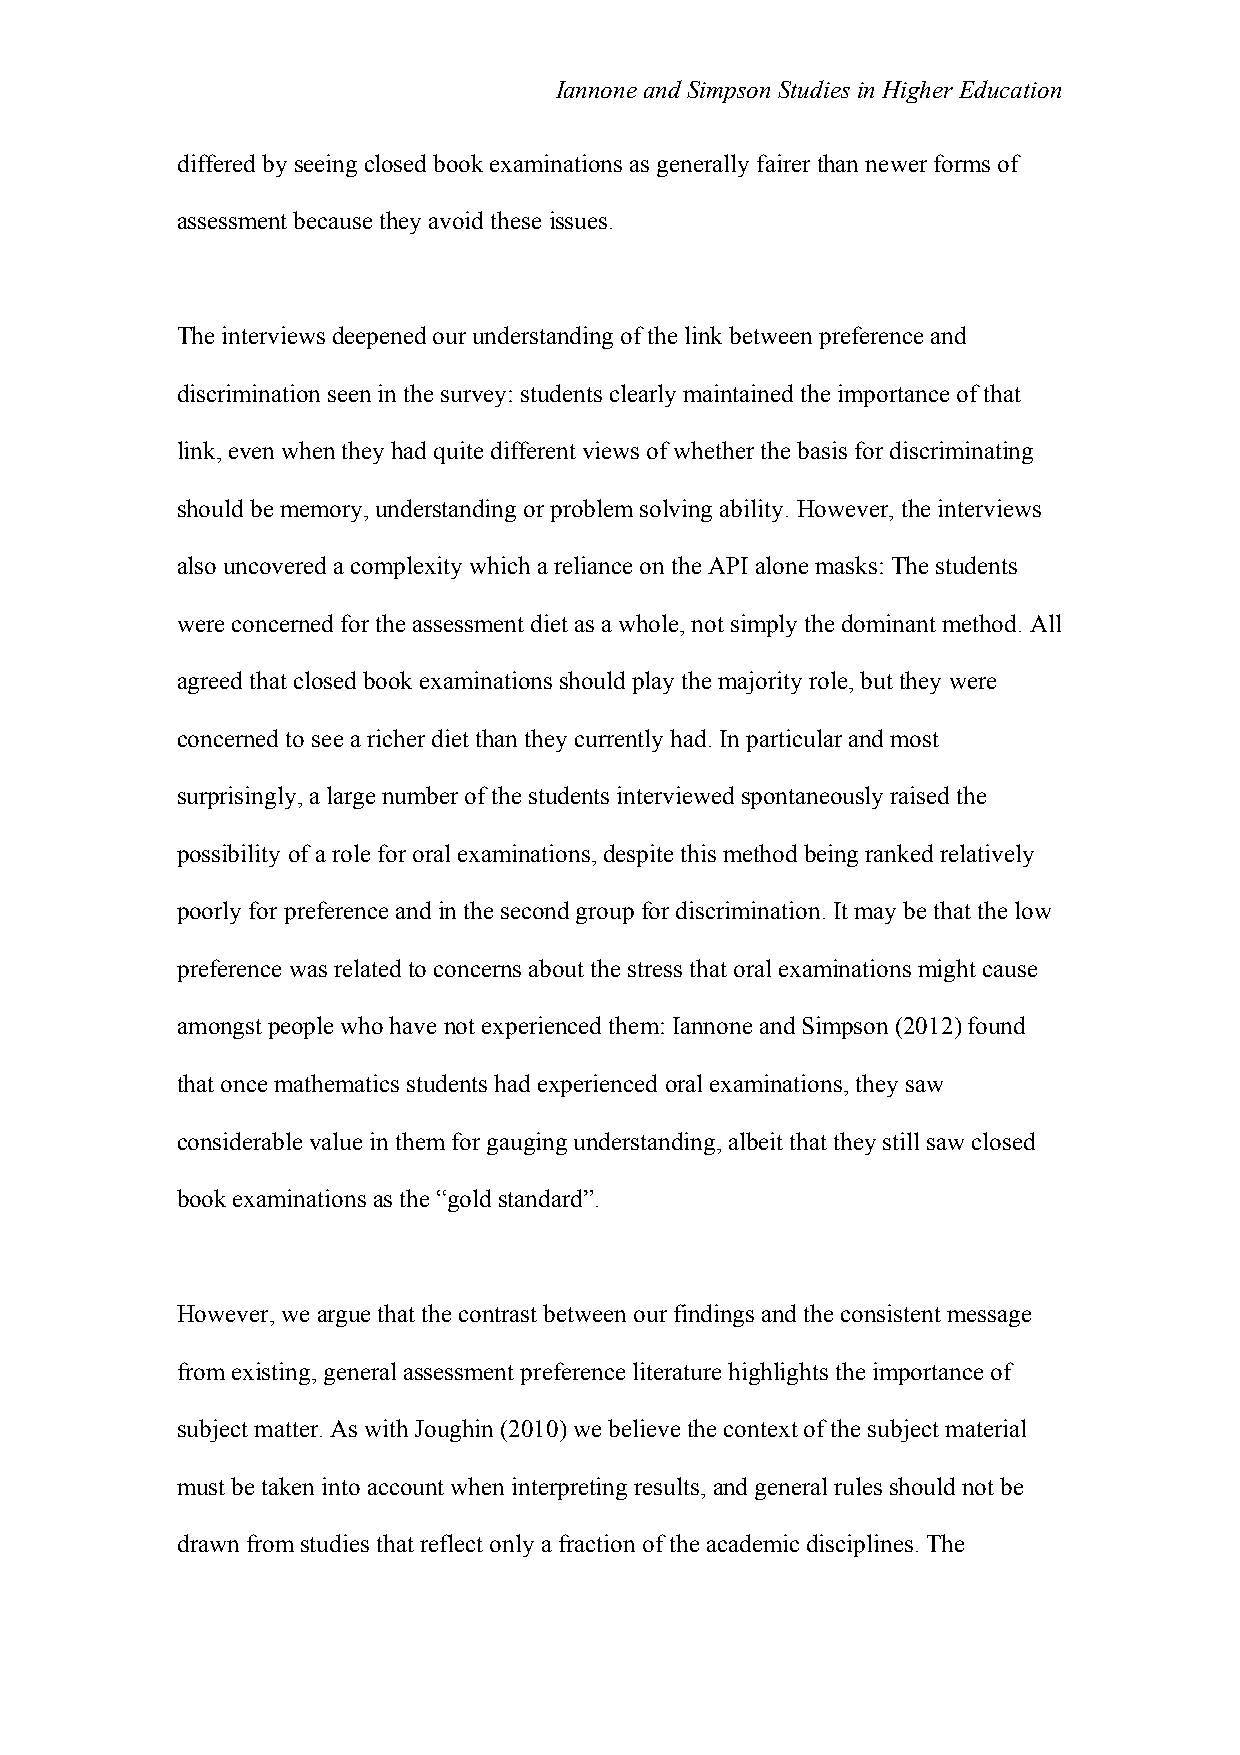
Iannone and Simpson Studies in Higher Education
 differed by seeing closed book examinations as generally fairer than newer forms of
 assessment because they avoid these issues.
 The interviews deepened our understanding of the link between preference and
 discrimination seen in the survey: students clearly maintained the importance of that
 link, even when they had quite different views of whether the basis for discriminating
 should be memory, understanding or problem solving ability. However, the interviews
 also uncovered a complexity which a reliance on the API alone masks: The students
 were concerned for the assessment diet as a whole, not simply the dominant method. All
 agreed that closed book examinations should play the majority role, but they were
 concerned to see a richer diet than they currently had. In particular and most
 surprisingly, a large number of the students interviewed spontaneously raised the
 possibility of a role for oral examinations, despite this method being ranked relatively
 poorly for preference and in the second group for discrimination. It may be that the low
 preference was related to concerns about the stress that oral examinations might cause
 amongst people who have not experienced them: Iannone and Simpson (2012) found
 that once mathematics students had experienced oral examinations, they saw
 considerable value in them for gauging understanding, albeit that they still saw closed
 book examinations as the “gold standard”.
 However, we argue that the contrast between our findings and the consistent message
 from existing, general assessment preference literature highlights the importance of
 subject matter. As with Joughin (2010) we believe the context of the subject material
 must be taken into account when interpreting results, and general rules should not be
 drawn from studies that reflect only a fraction of the academic disciplines. The